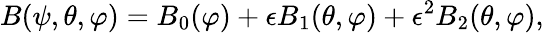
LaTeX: B(\psi,\theta,\varphi)=B_{0}(\varphi)+\epsilon B_{1}(\theta,\varphi)+\epsilon^{2}B_{2}(\theta,\varphi),